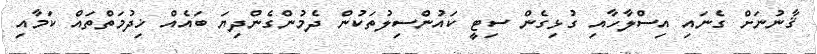
ޤާނުނަށް ގެނައި އިސްލާހާއި ގުޅިގެން ސިޓީ ކައުންސިލުތަކުން ދެމުންގެންދިޔަ ބައެއް ޚިދުމަތްތައް ކަމާއި